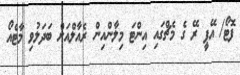
ފޮޓޯ/ އޭޕީ ރޭ ގެ މެޗްގައި އިންޓަ މިލާންއިން ރެއާލްއަށް ބަދަލުވި މާޓެއޯ